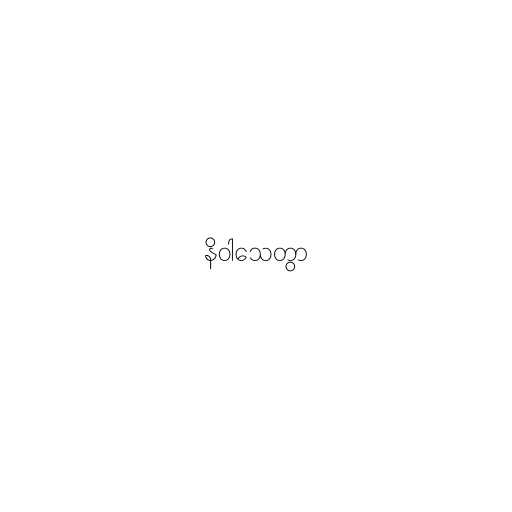
နိဝါသေတွာ